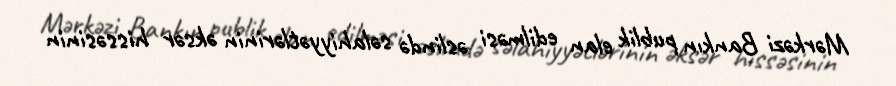
Mərkəzi Bankın publik elan edilməsi əslində səlahiyyətlərinin əksər hissəsinin